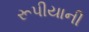
રૂપીયાની